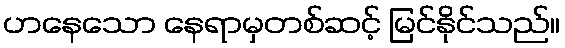
ဟနေသော နေရာမှတစ်ဆင့် မြင်နိုင်သည်။